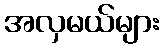
အလှမယ်များ